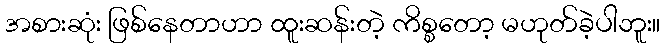
အစားဆုံး ဖြစ်နေတာဟာ ထူးဆန်းတဲ့ ကိစ္စတော့ မဟုတ်ခဲ့ပါဘူး။